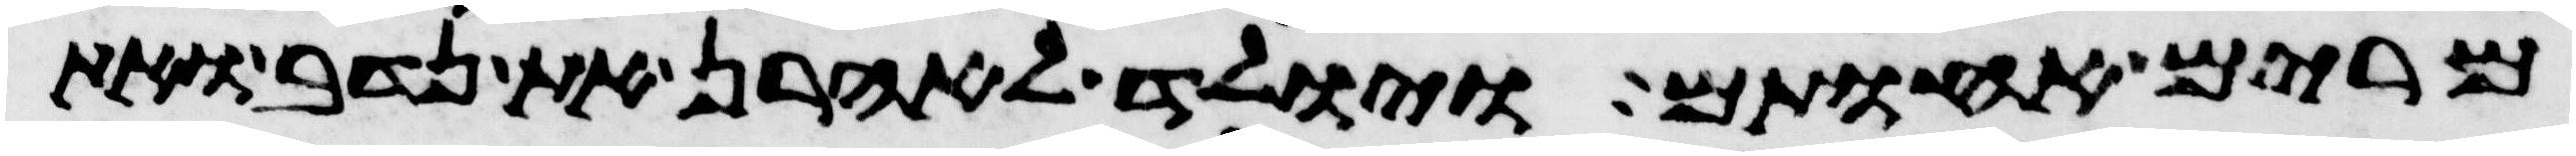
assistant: מרים אחתם ויולד לאהרן את נדב ואת